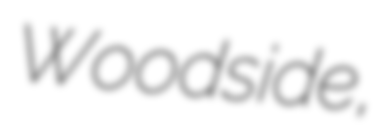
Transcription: Woodside,